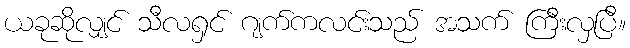
ယခုဆိုလျှင် သီလရှင် ဂျက်ကလင်းသည် အသက် ကြီးလှပြီ။